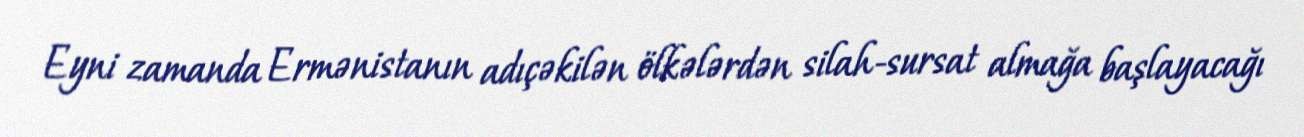
Eyni zamanda Ermənistanın adıçəkilən ölkələrdən silah-sursat almağa başlayacağı